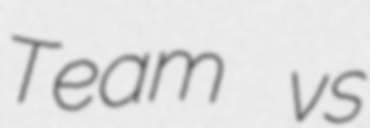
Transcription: Team vs